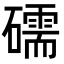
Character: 礝